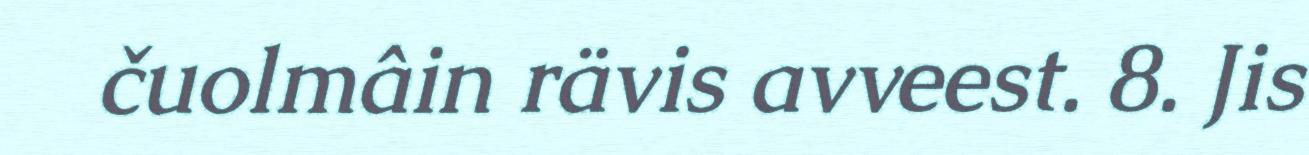
čuolmâin rävis avveest. 8. Jis